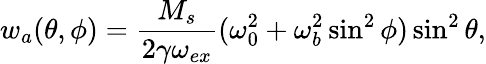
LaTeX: w_{a}(\theta,\phi)=\frac{M_{s}}{2\gamma\omega_{ex}}(\omega_{0}^{2}+\omega_{b}^{2}\sin^{2}\phi)\sin^{2}\theta,